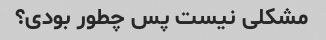
مشکلی نیست پس چطور بودی؟